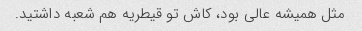
مثل همیشه عالی بود، کاش تو قیطریه هم شعبه داشتید.